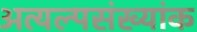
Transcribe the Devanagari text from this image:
अत्यल्पसंख्यांक